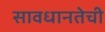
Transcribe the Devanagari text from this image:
सावधानतेची